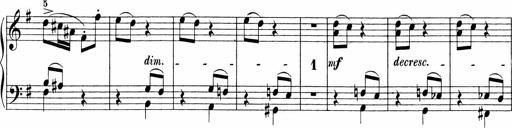
Title: 3 Sonatinas
Composer: Carl Reinecke